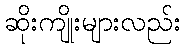
ဆိုးကျိုးများလည်း